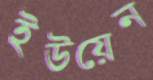
ইউয়েন